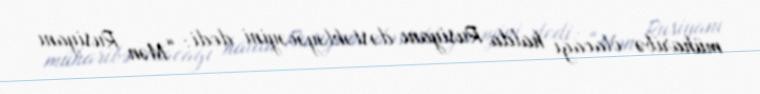
müharibə olacağı halda Rusiyanı dəstəkləyəcəyini dedi: “Mən Rusiyanı